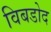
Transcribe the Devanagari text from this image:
विबडोद